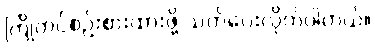
ကြိုတင်စဉ်းစားထားဖို့ သတိပေးလိုက်ပါတယ်။